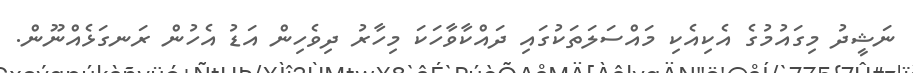
ނަޝީދު މިގައުމުގެ އެކިއެކި މައްސަލަތަކުގައި ދައްކާވާހަކަ މިހާރު ދިވެހިން އަޑު އެހުން ރަނގަޅެއްނޫން.